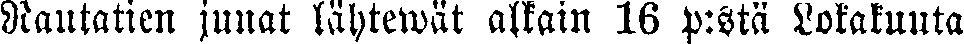
Rautaticn junat lähtewät alkain 16 p:stä Lokakuuta